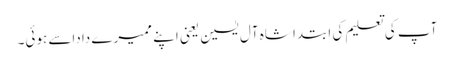
آپ کی تعلیم کی ابتدا شاہ آل یٰسین یعنی اپنے ممیرے داداسے ہوئی۔